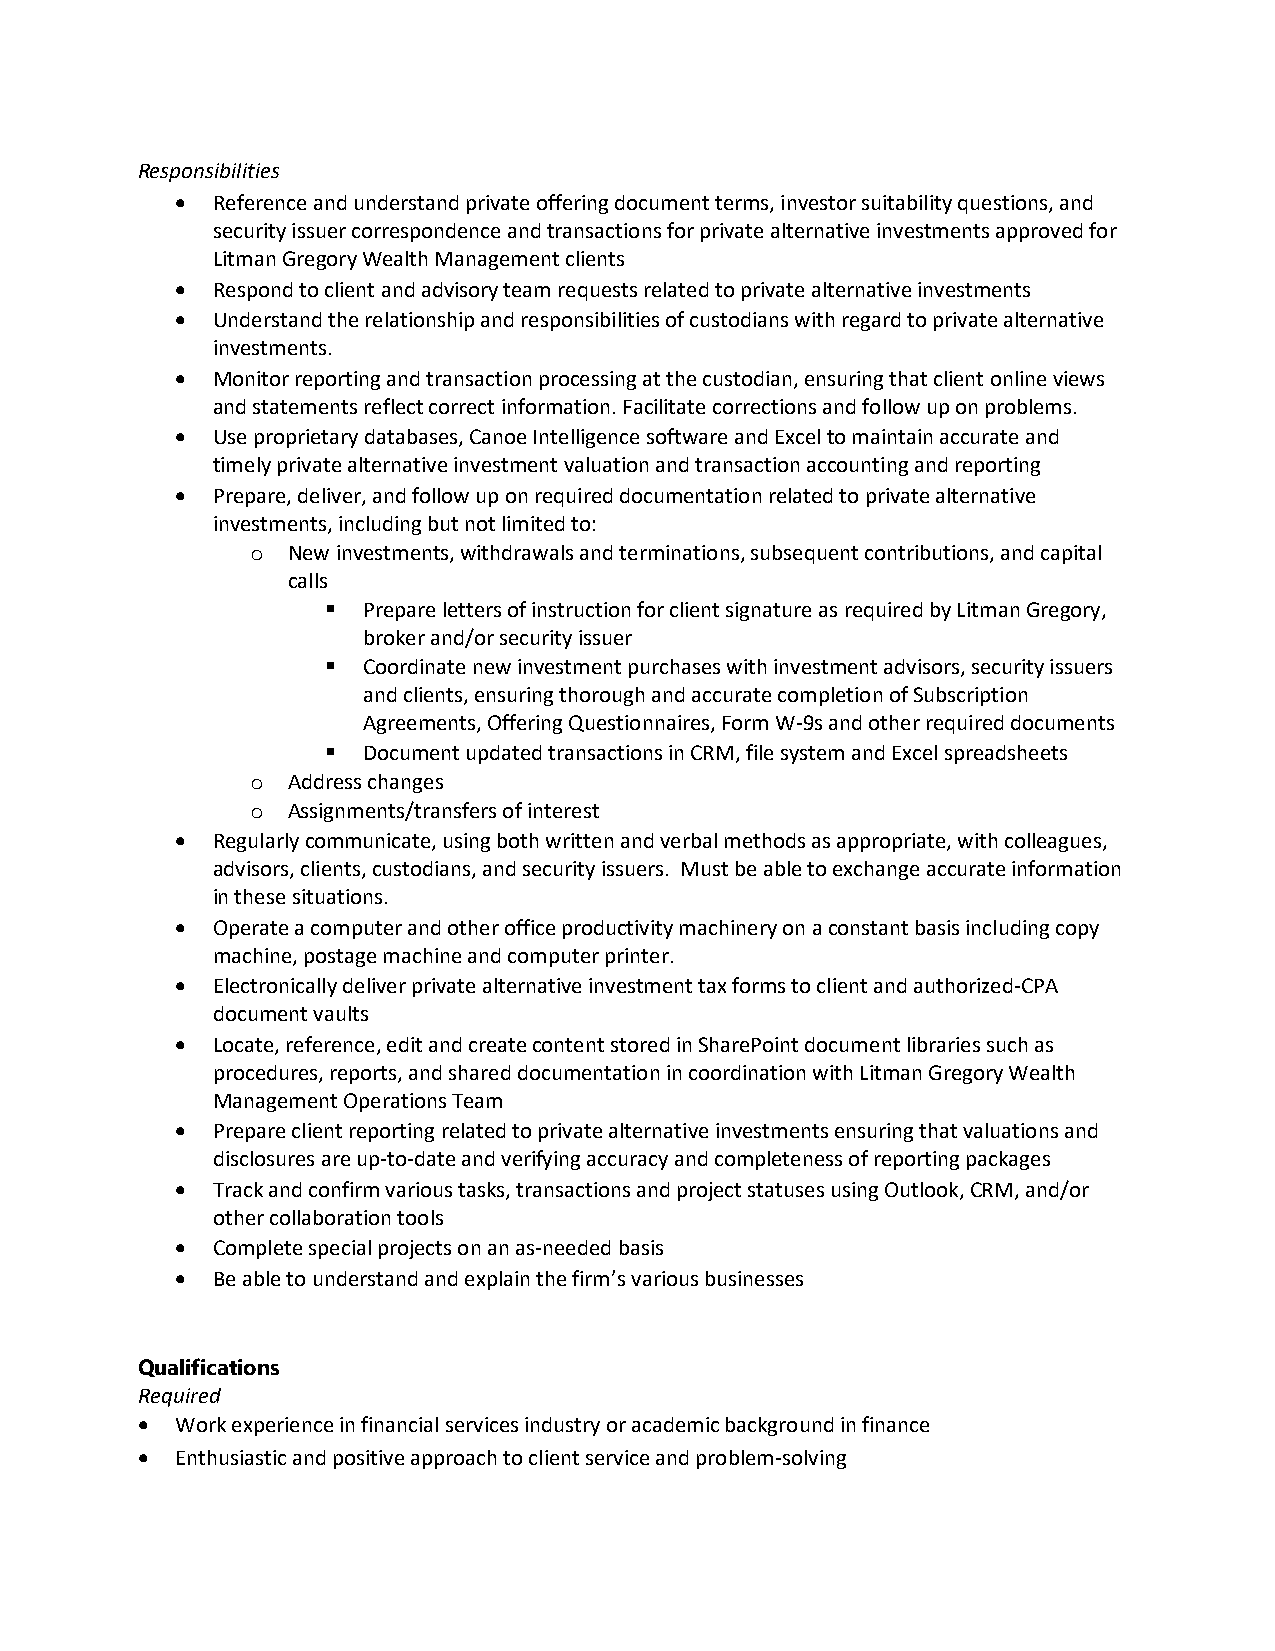
Responsibilities
 • Reference and understand private offering document terms, investor suitability questions, and
 security issuer correspondence and transactions for private alternative investments approved for
 Litman Gregory Wealth Management clients
 • Respond to client and advisory team requests related to private alternative investments
 • Understand the relationship and responsibilities of custodians with regard to private alternative
 investments.
 • Monitor reporting and transaction processing at the custodian, ensuring that client online views
 and statements reflect correct information. Facilitate corrections and follow up on problems.
 • Use proprietary databases, Canoe Intelligence software and Excel to maintain accurate and
 timely private alternative investment valuation and transaction accounting and reporting
 • Prepare, deliver, and follow up on required documentation related to private alternative
 investments, including but not limited to:
 New investments, withdrawals and terminations, subsequent contributions, and capital
 o
 calls
  Prepare letters of instruction for client signature as required by Litman Gregory,
 broker and/or security issuer
  Coordinate new investment purchases with investment advisors, security issuers
 and clients, ensuring thorough and accurate completion of Subscription
 Agreements, Offering Questionnaires, Form W-9s and other required documents
  Document updated transactions in CRM, file system and Excel spreadsheets
 Address changes
 o
 Assignments/transfers of interest
 o
 • Regularly communicate, using both written and verbal methods as appropriate, with colleagues,
 advisors, clients, custodians, and security issuers. Must be able to exchange accurate information
 in these situations.
 • Operate a computer and other office productivity machinery on a constant basis including copy
 machine, postage machine and computer printer.
 • Electronically deliver private alternative investment tax forms to client and authorized-CPA
 document vaults
 • Locate, reference, edit and create content stored in SharePoint document libraries such as
 procedures, reports, and shared documentation in coordination with Litman Gregory Wealth
 Management Operations Team
 • Prepare client reporting related to private alternative investments ensuring that valuations and
 disclosures are up-to-date and verifying accuracy and completeness of reporting packages
 • Track and confirm various tasks, transactions and project statuses using Outlook, CRM, and/or
 other collaboration tools
 • Complete special projects on an as-needed basis
 • Be able to understand and explain the firm’s various businesses
 Qualifications
 Required
 •  Work experience in financial services industry or academic background in finance
 •  Enthusiastic and positive approach to client service and problem-solving